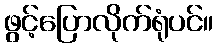
ဖွင့်ပြောလိုက်ရုံပင်။